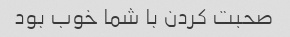
صحبت کردن با شما خوب بود